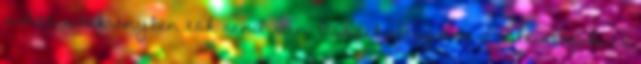
ruhás szekrényben tök rend van. Összehajtogatva a ruhaneműk, és